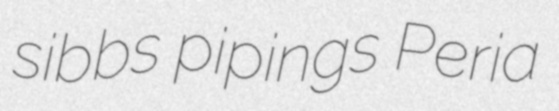
sibbs pipings Peria